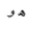
هو